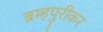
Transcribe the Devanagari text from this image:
ब्रम्हपुरीकर